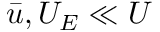
\bar { u } , U _ { E } \ll U